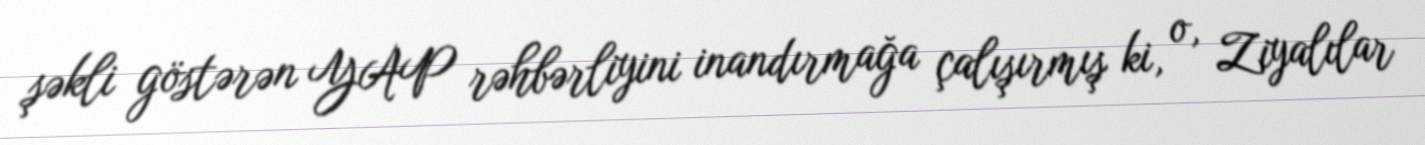
şəkli göstərən YAP rəhbərliyini inandırmağa çalışırmış ki, o, Ziyalılar